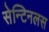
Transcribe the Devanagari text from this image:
सेन्टिनलस